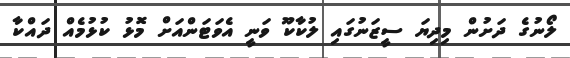
ލޯނުގެ ދަށުން މިދިޔަ ސީޒަނުގައި ލުކާކޫ ވަނީ އެވަޓަންއަށް މޮޅު ކުޅުމެއް ދައްކާ